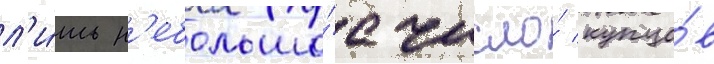
л'и́шь н'ебольшо́е число́ купцо́в